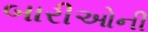
બારીઓની